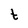
Character: t